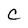
Character: C